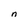
Character: n